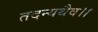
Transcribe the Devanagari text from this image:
तदन्यथैव।।